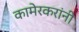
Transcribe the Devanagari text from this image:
कामेरकरांनी